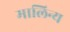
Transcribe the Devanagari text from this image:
मालिन्य